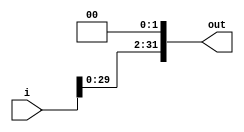
module shifter2(out, i);
input [31:0] i;
output [31:0] out;

reg [31:0] out;

always @(i)
begin
    out={i[29:0], 2'b00};
end
endmodule